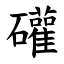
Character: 礶